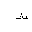
Letter: _tha